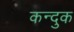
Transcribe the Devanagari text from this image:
कन्दुक